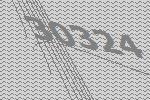
30324